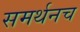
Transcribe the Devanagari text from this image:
समर्थनच